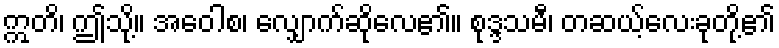
ဣတိ၊ ဤသို့။ အဝေါစ၊ လျှောက်ဆိုလေ၏။ စုဒ္ဒသမီ၊ တဆယ့်လေးခုတို့၏